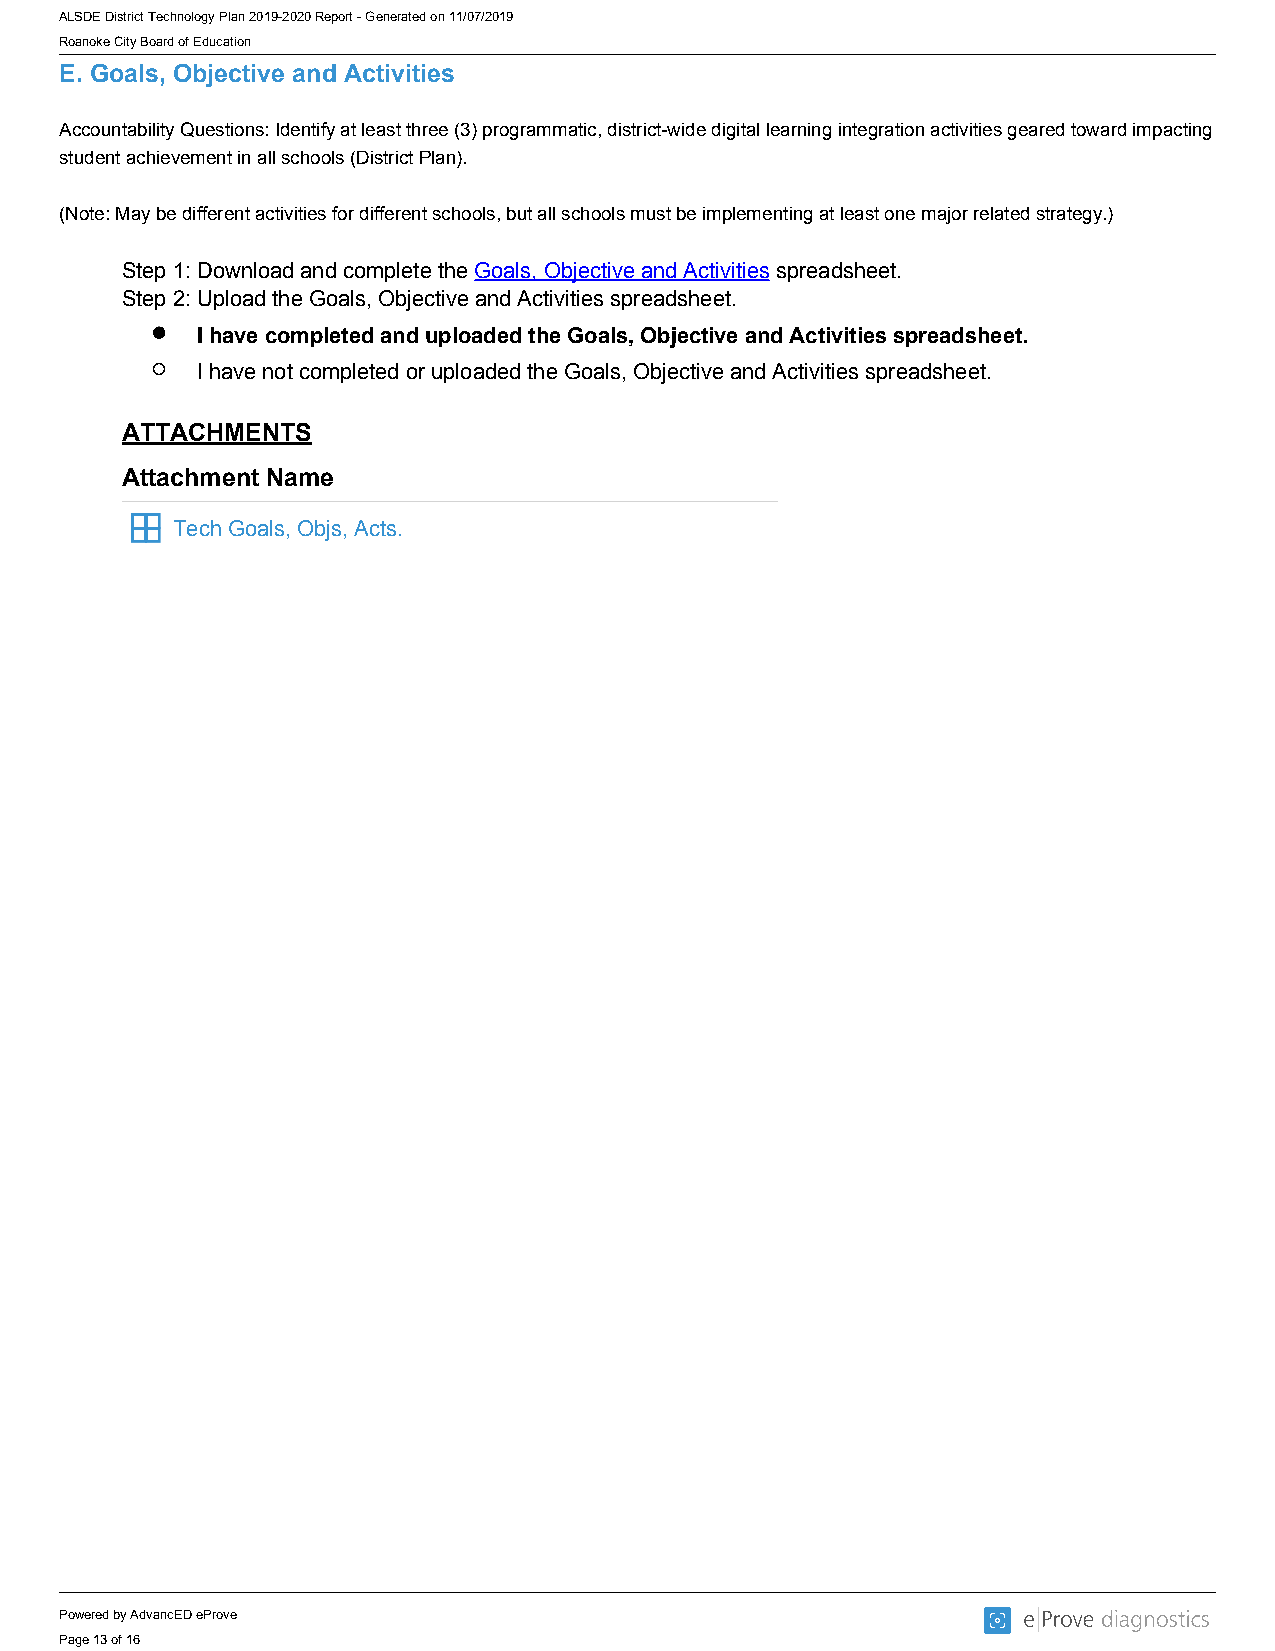
ALSDE District Technology Plan 2019-2020 Report - Generated on 11/07/2019
 Roanoke City Board of Education
 E. Goals, Objective and Activities
 Accountability Questions: Identify at least three (3) programmatic, district-wide digital learning integration activities geared toward impacting
 student achievement in all schools (District Plan).
 (Note: May be different activities for different schools, but all schools must be implementing at least one major related strategy.)
 Step 1: Download and complete the Goals, Objective and Activities spreadsheet.
 Step 2: Upload the Goals, Objective and Activities spreadsheet.
 I have completed and uploaded the Goals, Objective and Activities spreadsheet.
 I have not completed or uploaded the Goals, Objective and Activities spreadsheet.
 ATTACHMENTS
 Attachment Name
 Tech Goals, Objs, Acts.
 Powered by AdvancED eProve
 Page 13 of 16